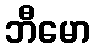
ဘီမော